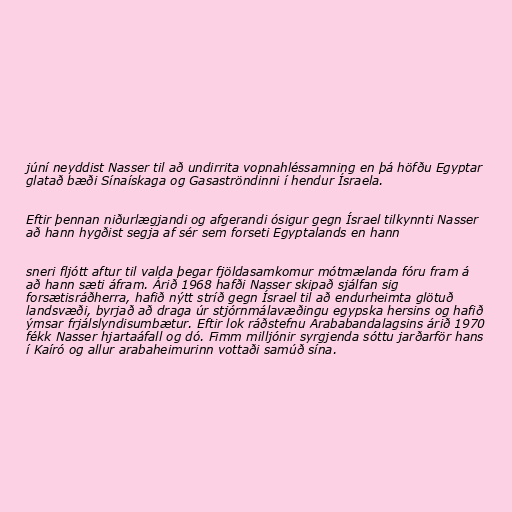
júní neyddist Nasser til að undirrita vopnahléssamning en þá höfðu Egyptar
glatað bæði Sínaískaga og Gasaströndinni í hendur Ísraela.

Eftir þennan niðurlægjandi og afgerandi ósigur gegn Ísrael tilkynnti Nasser
að hann hygðist segja af sér sem forseti Egyptalands en hann

sneri fljótt aftur til valda þegar fjöldasamkomur mótmælanda fóru fram á
að hann sæti áfram. Árið 1968 hafði Nasser skipað sjálfan sig
forsætisráðherra, hafið nýtt stríð gegn Ísrael til að endurheimta glötuð
landsvæði, byrjað að draga úr stjórnmálavæðingu egypska hersins og hafið
ýmsar frjálslyndisumbætur. Eftir lok ráðstefnu Arababandalagsins árið 1970
fékk Nasser hjartaáfall og dó. Fimm milljónir syrgjenda sóttu jarðarför hans
í Kaíró og allur arabaheimurinn vottaði samúð sína.